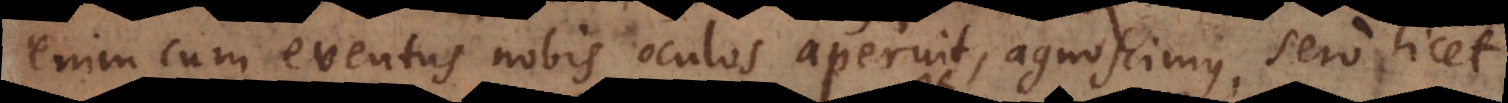
enim cum eventus nobis oculos aperuit, agnoscimus, sero licet,